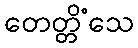
တေတ္တိံသေ